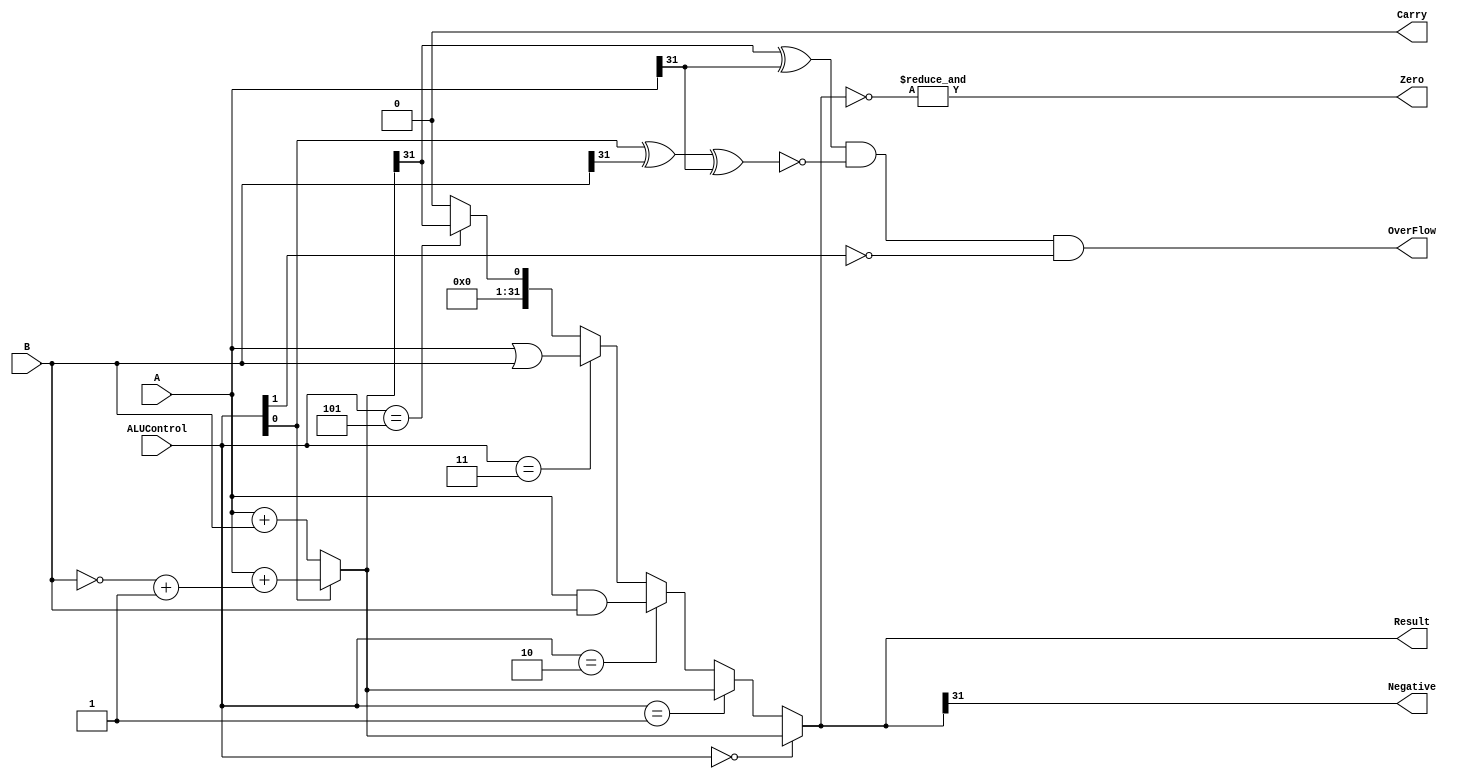

///////////////////////////////ALU//////////////////////////////
module ALU(A,B,Result,ALUControl,OverFlow,Carry,Zero,Negative);

    input [31:0]A,B;
    input [2:0]ALUControl;
    output Carry,OverFlow,Zero,Negative;
    output [31:0]Result;

    wire Cout;
    wire [31:0]Sum;

    assign Sum = (ALUControl[0] == 1'b0) ? A + B :
                                          (A + ((~B)+1)) ;
    assign {Cout,Result} = (ALUControl == 3'b000) ? Sum :
                           (ALUControl == 3'b001) ? Sum :
                           (ALUControl == 3'b010) ? A & B :
                           (ALUControl == 3'b011) ? A | B :
                           (ALUControl == 3'b101) ? {{32{1'b0}},(Sum[31])} :
                           {33{1'b0}};
    assign OverFlow = ((Sum[31] ^ A[31]) & 
                      (~(ALUControl[0] ^ B[31] ^ A[31])) &
                      (~ALUControl[1]));
    assign Carry = ((~ALUControl[1]) & Cout);
    assign Zero = &(~Result);
    assign Negative = Result[31];

endmodule

/////////////////////////ALU-DECODER////////////////////////////
module ALU_Decoder(ALUOp,funct3,funct7,op,ALUControl);

    input [1:0]ALUOp;
    input [2:0]funct3;
    input [6:0]funct7,op;
    output [2:0]ALUControl;

    // Method 1 
    // assign ALUControl = (ALUOp == 2'b00) ? 3'b000 :
    //                     (ALUOp == 2'b01) ? 3'b001 :
    //                     (ALUOp == 2'b10) ? ((funct3 == 3'b000) ? ((({op[5],funct7[5]} == 2'b00) | ({op[5],funct7[5]} == 2'b01) | ({op[5],funct7[5]} == 2'b10)) ? 3'b000 : 3'b001) : 
    //                                         (funct3 == 3'b010) ? 3'b101 : 
    //                                         (funct3 == 3'b110) ? 3'b011 : 
    //                                         (funct3 == 3'b111) ? 3'b010 : 3'b000) :
    //                                        3'b000;

    // Method 2
    assign ALUControl = (ALUOp == 2'b00) ? 3'b000 :
                        (ALUOp == 2'b01) ? 3'b001 :
                        ((ALUOp == 2'b10) & (funct3 == 3'b000) & ({op[5],funct7[5]} == 2'b11)) ? 3'b001 : 
                        ((ALUOp == 2'b10) & (funct3 == 3'b000) & ({op[5],funct7[5]} != 2'b11)) ? 3'b000 : 
                        ((ALUOp == 2'b10) & (funct3 == 3'b010)) ? 3'b101 : 
                        ((ALUOp == 2'b10) & (funct3 == 3'b110)) ? 3'b011 : 
                        ((ALUOp == 2'b10) & (funct3 == 3'b111)) ? 3'b010 : 
                                                                  3'b000 ;
endmodule

/////////////////////////////////Control_Unit_Top///////////////////

module Control_Unit_Top(Op,RegWrite,ImmSrc,ALUSrc,MemWrite,ResultSrc,Branch,funct3,funct7,ALUControl);

    input [6:0]Op,funct7;
    input [2:0]funct3;
    output RegWrite,ALUSrc,MemWrite,ResultSrc,Branch;
    output [1:0]ImmSrc;
    output [2:0]ALUControl;

    wire [1:0]ALUOp;

    Main_Decoder Main_Decoder(
                .Op(Op),
                .RegWrite(RegWrite),
                .ImmSrc(ImmSrc),
                .MemWrite(MemWrite),
                .ResultSrc(ResultSrc),
                .Branch(Branch),
                .ALUSrc(ALUSrc),
                .ALUOp(ALUOp)
    );

    ALU_Decoder ALU_Decoder(
                            .ALUOp(ALUOp),
                            .funct3(funct3),
                            .funct7(funct7),
                            .op(Op),
                            .ALUControl(ALUControl)
    );


endmodule

/////////////////////////////Data_Memory////////////////////
module Data_Memory(clk,rst,WE,WD,A,RD);

    input clk,rst,WE;
    input [31:0]A,WD;
    output [31:0]RD;

    reg [31:0] mem [1023:0];

    always @ (posedge clk)
    begin
        if(WE)
            mem[A] <= WD;
    end

    assign RD = (~rst) ? 32'd0 : mem[A];

    initial begin
        mem[0] = 32'h00000000;
        //mem[40] = 32'h00000002;
    end


endmodule

////////////////////////////////Decode_Cyle///////////////
module decode_cycle(clk, rst, InstrD, PCD, PCPlus4D, RegWriteW, RDW, ResultW, RegWriteE, ALUSrcE, MemWriteE, ResultSrcE,
    BranchE,  ALUControlE, RD1_E, RD2_E, Imm_Ext_E, RD_E, PCE, PCPlus4E, RS1_E, RS2_E);

    // Declaring I/O
    input clk, rst, RegWriteW;
    input [4:0] RDW;
    input [31:0] InstrD, PCD, PCPlus4D, ResultW;

    output RegWriteE,ALUSrcE,MemWriteE,ResultSrcE,BranchE;
    output [2:0] ALUControlE;
    output [31:0] RD1_E, RD2_E, Imm_Ext_E;
    output [4:0] RS1_E, RS2_E, RD_E;
    output [31:0] PCE, PCPlus4E;

    // Declare Interim Wires
    wire RegWriteD,ALUSrcD,MemWriteD,ResultSrcD,BranchD;
    wire [1:0] ImmSrcD;
    wire [2:0] ALUControlD;
    wire [31:0] RD1_D, RD2_D, Imm_Ext_D;

    // Declaration of Interim Register
    reg RegWriteD_r,ALUSrcD_r,MemWriteD_r,ResultSrcD_r,BranchD_r;
    reg [2:0] ALUControlD_r;
    reg [31:0] RD1_D_r, RD2_D_r, Imm_Ext_D_r;
    reg [4:0] RD_D_r, RS1_D_r, RS2_D_r;
    reg [31:0] PCD_r, PCPlus4D_r;


    // Initiate the modules
    // Control Unit
    Control_Unit_Top control (
                            .Op(InstrD[6:0]),
                            .RegWrite(RegWriteD),
                            .ImmSrc(ImmSrcD),
                            .ALUSrc(ALUSrcD),
                            .MemWrite(MemWriteD),
                            .ResultSrc(ResultSrcD),
                            .Branch(BranchD),
                            .funct3(InstrD[14:12]),
                            .funct7(InstrD[31:25]),
                            .ALUControl(ALUControlD)
                            );

    // Register File
    Register_File rf (
                        .clk(clk),
                        .rst(rst),
                        .WE3(RegWriteW),
                        .WD3(ResultW),
                        .A1(InstrD[19:15]),
                        .A2(InstrD[24:20]),
                        .A3(RDW),
                        .RD1(RD1_D),
                        .RD2(RD2_D)
                        );

    // Sign Extension
    Sign_Extend extension (
                        .In(InstrD[31:0]),
                        .Imm_Ext(Imm_Ext_D),
                        .ImmSrc(ImmSrcD)
                        );

    // Declaring Register Logic
    always @(posedge clk or negedge rst) begin
        if(rst == 1'b0) begin
            RegWriteD_r <= 1'b0;
            ALUSrcD_r <= 1'b0;
            MemWriteD_r <= 1'b0;
            ResultSrcD_r <= 1'b0;
            BranchD_r <= 1'b0;
            ALUControlD_r <= 3'b000;
            RD1_D_r <= 32'h00000000; 
            RD2_D_r <= 32'h00000000; 
            Imm_Ext_D_r <= 32'h00000000;
            RD_D_r <= 5'h00;
            PCD_r <= 32'h00000000; 
            PCPlus4D_r <= 32'h00000000;
            RS1_D_r <= 5'h00;
            RS2_D_r <= 5'h00;
        end
        else begin
            RegWriteD_r <= RegWriteD;
            ALUSrcD_r <= ALUSrcD;
            MemWriteD_r <= MemWriteD;
            ResultSrcD_r <= ResultSrcD;
            BranchD_r <= BranchD;
            ALUControlD_r <= ALUControlD;
            RD1_D_r <= RD1_D; 
            RD2_D_r <= RD2_D; 
            Imm_Ext_D_r <= Imm_Ext_D;
            RD_D_r <= InstrD[11:7];
            PCD_r <= PCD; 
            PCPlus4D_r <= PCPlus4D;
            RS1_D_r <= InstrD[19:15];
            RS2_D_r <= InstrD[24:20];
        end
    end

    // Output asssign statements
    assign RegWriteE = RegWriteD_r;
    assign ALUSrcE = ALUSrcD_r;
    assign MemWriteE = MemWriteD_r;
    assign ResultSrcE = ResultSrcD_r;
    assign BranchE = BranchD_r;
    assign ALUControlE = ALUControlD_r;
    assign RD1_E = RD1_D_r;
    assign RD2_E = RD2_D_r;
    assign Imm_Ext_E = Imm_Ext_D_r;
    assign RD_E = RD_D_r;
    assign PCE = PCD_r;
    assign PCPlus4E = PCPlus4D_r;
    assign RS1_E = RS1_D_r;
    assign RS2_E = RS2_D_r;

endmodule
//////////////////////////////Execute_Cycle//////////////////////

module execute_cycle(clk, rst, RegWriteE, ALUSrcE, MemWriteE, ResultSrcE, BranchE, ALUControlE, 
    RD1_E, RD2_E, Imm_Ext_E, RD_E, PCE, PCPlus4E, PCSrcE, PCTargetE, RegWriteM, MemWriteM, ResultSrcM, RD_M, PCPlus4M, WriteDataM, ALU_ResultM, ResultW, ForwardA_E, ForwardB_E);

    // Declaration I/Os
    input clk, rst, RegWriteE,ALUSrcE,MemWriteE,ResultSrcE,BranchE;
    input [2:0] ALUControlE;
    input [31:0] RD1_E, RD2_E, Imm_Ext_E;
    input [4:0] RD_E;
    input [31:0] PCE, PCPlus4E;
    input [31:0] ResultW;
    input [1:0] ForwardA_E, ForwardB_E;

    output PCSrcE, RegWriteM, MemWriteM, ResultSrcM;
    output [4:0] RD_M; 
    output [31:0] PCPlus4M, WriteDataM, ALU_ResultM;
    output [31:0] PCTargetE;

    // Declaration of Interim Wires
    wire [31:0] Src_A, Src_B_interim, Src_B;
    wire [31:0] ResultE;
    wire ZeroE;

    // Declaration of Register
    reg RegWriteE_r, MemWriteE_r, ResultSrcE_r;
    reg [4:0] RD_E_r;
    reg [31:0] PCPlus4E_r, RD2_E_r, ResultE_r;

    // Declaration of Modules
    // 3 by 1 Mux for Source A
    Mux_3_by_1 srca_mux (
                        .a(RD1_E),
                        .b(ResultW),
                        .c(ALU_ResultM),
                        .s(ForwardA_E),
                        .d(Src_A)
                        );

    // 3 by 1 Mux for Source B
    Mux_3_by_1 srcb_mux (
                        .a(RD2_E),
                        .b(ResultW),
                        .c(ALU_ResultM),
                        .s(ForwardB_E),
                        .d(Src_B_interim)
                        );
    // ALU Src Mux
    Mux alu_src_mux (
            .a(Src_B_interim),
            .b(Imm_Ext_E),
            .s(ALUSrcE),
            .c(Src_B)
            );

    // ALU Unit
    ALU alu (
            .A(Src_A),
            .B(Src_B),
            .Result(ResultE),
            .ALUControl(ALUControlE),
            .OverFlow(),
            .Carry(),
            .Zero(ZeroE),
            .Negative()
            );

    // Adder
    PC_Adder branch_adder (
            .a(PCE),
            .b(Imm_Ext_E),
            .c(PCTargetE)
            );

    // Register Logic
    always @(posedge clk or negedge rst) begin
        if(rst == 1'b0) begin
            RegWriteE_r <= 1'b0; 
            MemWriteE_r <= 1'b0; 
            ResultSrcE_r <= 1'b0;
            RD_E_r <= 5'h00;
            PCPlus4E_r <= 32'h00000000; 
            RD2_E_r <= 32'h00000000; 
            ResultE_r <= 32'h00000000;
        end
        else begin
            RegWriteE_r <= RegWriteE; 
            MemWriteE_r <= MemWriteE; 
            ResultSrcE_r <= ResultSrcE;
            RD_E_r <= RD_E;
            PCPlus4E_r <= PCPlus4E; 
            RD2_E_r <= Src_B_interim; 
            ResultE_r <= ResultE;
        end
    end

    // Output Assignments
    assign PCSrcE = ZeroE &  BranchE;
    assign RegWriteM = RegWriteE_r;
    assign MemWriteM = MemWriteE_r;
    assign ResultSrcM = ResultSrcE_r;
    assign RD_M = RD_E_r;
    assign PCPlus4M = PCPlus4E_r;
    assign WriteDataM = RD2_E_r;
    assign ALU_ResultM = ResultE_r;

endmodule

/////////////////////////fetch_cycle/////////////////////////

module fetch_cycle(clk, rst, PCSrcE, PCTargetE, InstrD, PCD, PCPlus4D);

    // Declare input & outputs
    input clk, rst;
    input PCSrcE;
    input [31:0] PCTargetE;
    output [31:0] InstrD;
    output [31:0] PCD, PCPlus4D;

    // Declaring interim wires
    wire [31:0] PC_F, PCF, PCPlus4F;
    wire [31:0] InstrF;

    // Declaration of Register
    reg [31:0] InstrF_reg;
    reg [31:0] PCF_reg, PCPlus4F_reg;


    // Initiation of Modules
    // Declare PC Mux
    Mux PC_MUX (.a(PCPlus4F),
                .b(PCTargetE),
                .s(PCSrcE),
                .c(PC_F)
                );

    // Declare PC Counter
    PC_Module Program_Counter (
                .clk(clk),
                .rst(rst),
                .PC(PCF),
                .PC_Next(PC_F)
                );

    // Declare Instruction Memory
    Instruction_Memory IMEM (
                .rst(rst),
                .A(PCF),
                .RD(InstrF)
                );

    // Declare PC adder
    PC_Adder PC_adder (
                .a(PCF),
                .b(32'h00000004),
                .c(PCPlus4F)
                );

    // Fetch Cycle Register Logic
    always @(posedge clk or negedge rst) begin
        if(rst == 1'b0) begin
            InstrF_reg <= 32'h00000000;
            PCF_reg <= 32'h00000000;
            PCPlus4F_reg <= 32'h00000000;
        end
        else begin
            InstrF_reg <= InstrF;
            PCF_reg <= PCF;
            PCPlus4F_reg <= PCPlus4F;
        end
    end


    // Assigning Registers Value to the Output port
    assign  InstrD = (rst == 1'b0) ? 32'h00000000 : InstrF_reg;
    assign  PCD = (rst == 1'b0) ? 32'h00000000 : PCF_reg;
    assign  PCPlus4D = (rst == 1'b0) ? 32'h00000000 : PCPlus4F_reg;


endmodule

/////////////////////////////Hazard_unit////////////////////////////

module hazard_unit(rst, RegWriteM, RegWriteW, RD_M, RD_W, Rs1_E, Rs2_E, ForwardAE, ForwardBE);

    // Declaration of I/Os
    input rst, RegWriteM, RegWriteW;
    input [4:0] RD_M, RD_W, Rs1_E, Rs2_E;
    output [1:0] ForwardAE, ForwardBE;
    
    assign ForwardAE = (rst == 1'b0) ? 2'b00 : 
                       ((RegWriteM == 1'b1) & (RD_M != 5'h00) & (RD_M == Rs1_E)) ? 2'b10 :
                       ((RegWriteW == 1'b1) & (RD_W != 5'h00) & (RD_W == Rs1_E)) ? 2'b01 : 2'b00;
                       
    assign ForwardBE = (rst == 1'b0) ? 2'b00 : 
                       ((RegWriteM == 1'b1) & (RD_M != 5'h00) & (RD_M == Rs2_E)) ? 2'b10 :
                       ((RegWriteW == 1'b1) & (RD_W != 5'h00) & (RD_W == Rs2_E)) ? 2'b01 : 2'b00;

endmodule

///////////////////////////Instruction_Memory////////////////

module Instruction_Memory(rst,A,RD);

  input rst;
  input [31:0]A;
  output [31:0]RD;

  reg [31:0] mem [1023:0];
  
  assign RD = (rst == 1'b0) ? {32{1'b0}} : mem[A[31:2]];

  initial begin
    $readmemh("memfile.hex",mem);
  end


/*
  initial begin
    //mem[0] = 32'hFFC4A303;
    //mem[1] = 32'h00832383;
    // mem[0] = 32'h0064A423;
    // mem[1] = 32'h00B62423;
    mem[0] = 32'h0062E233;
    // mem[1] = 32'h00B62423;

  end
*/
endmodule


/////////////////////////Main_Decoder///////////////////////////

module Main_Decoder(Op,RegWrite,ImmSrc,ALUSrc,MemWrite,ResultSrc,Branch,ALUOp);
    input [6:0]Op;
    output RegWrite,ALUSrc,MemWrite,ResultSrc,Branch;
    output [1:0]ImmSrc,ALUOp;

    assign RegWrite = (Op == 7'b0000011 | Op == 7'b0110011 | Op == 7'b0010011 ) ? 1'b1 :
                                                              1'b0 ;
    assign ImmSrc = (Op == 7'b0100011) ? 2'b01 : 
                    (Op == 7'b1100011) ? 2'b10 :    
                                         2'b00 ;
    assign ALUSrc = (Op == 7'b0000011 | Op == 7'b0100011 | Op == 7'b0010011) ? 1'b1 :
                                                            1'b0 ;
    assign MemWrite = (Op == 7'b0100011) ? 1'b1 :
                                           1'b0 ;
    assign ResultSrc = (Op == 7'b0000011) ? 1'b1 :
                                            1'b0 ;
    assign Branch = (Op == 7'b1100011) ? 1'b1 :
                                         1'b0 ;
    assign ALUOp = (Op == 7'b0110011) ? 2'b10 :
                   (Op == 7'b1100011) ? 2'b01 :
                                        2'b00 ;

endmodule


////////////////////////Memory_Cycle//////////////////////////////

module memory_cycle(clk, rst, RegWriteM, MemWriteM, ResultSrcM, RD_M, PCPlus4M, WriteDataM, 
    ALU_ResultM, RegWriteW, ResultSrcW, RD_W, PCPlus4W, ALU_ResultW, ReadDataW);
    
    // Declaration of I/Os
    input clk, rst, RegWriteM, MemWriteM, ResultSrcM;
    input [4:0] RD_M; 
    input [31:0] PCPlus4M, WriteDataM, ALU_ResultM;

    output RegWriteW, ResultSrcW; 
    output [4:0] RD_W;
    output [31:0] PCPlus4W, ALU_ResultW, ReadDataW;

    // Declaration of Interim Wires
    wire [31:0] ReadDataM;

    // Declaration of Interim Registers
    reg RegWriteM_r, ResultSrcM_r;
    reg [4:0] RD_M_r;
    reg [31:0] PCPlus4M_r, ALU_ResultM_r, ReadDataM_r;

    // Declaration of Module Initiation
    Data_Memory dmem (
                        .clk(clk),
                        .rst(rst),
                        .WE(MemWriteM),
                        .WD(WriteDataM),
                        .A(ALU_ResultM),
                        .RD(ReadDataM)
                    );

    // Memory Stage Register Logic
    always @(posedge clk or negedge rst) begin
        if (rst == 1'b0) begin
            RegWriteM_r <= 1'b0; 
            ResultSrcM_r <= 1'b0;
            RD_M_r <= 5'h00;
            PCPlus4M_r <= 32'h00000000; 
            ALU_ResultM_r <= 32'h00000000; 
            ReadDataM_r <= 32'h00000000;
        end
        else begin
            RegWriteM_r <= RegWriteM; 
            ResultSrcM_r <= ResultSrcM;
            RD_M_r <= RD_M;
            PCPlus4M_r <= PCPlus4M; 
            ALU_ResultM_r <= ALU_ResultM; 
            ReadDataM_r <= ReadDataM;
        end
    end 

    // Declaration of output assignments
    assign RegWriteW = RegWriteM_r;
    assign ResultSrcW = ResultSrcM_r;
    assign RD_W = RD_M_r;
    assign PCPlus4W = PCPlus4M_r;
    assign ALU_ResultW = ALU_ResultM_r;
    assign ReadDataW = ReadDataM_r;

endmodule

///////////////////////////mux//////////////////

module Mux (a,b,s,c);

    input [31:0]a,b;
    input s;
    output [31:0]c;

    assign c = (~s) ? a : b ;
    
endmodule

module Mux_3_by_1 (a,b,c,s,d);
    input [31:0] a,b,c;
    input [1:0] s;
    output [31:0] d;

    assign d = (s == 2'b00) ? a : (s == 2'b01) ? b : (s == 2'b10) ? c : 32'h00000000;
    
endmodule


//////////////////////PC/////////////////////////

module PC_Module(clk,rst,PC,PC_Next);
    input clk,rst;
    input [31:0]PC_Next;
    output [31:0]PC;
    reg [31:0]PC;

    always @(posedge clk)
    begin
        if(rst == 1'b0)
            PC <= {32{1'b0}};
        else
            PC <= PC_Next;
    end
endmodule

////////////////////////PC_Adder////////////////////////
module PC_Adder (a,b,c);

    input [31:0]a,b;
    output [31:0]c;

    assign c = a + b;
    
endmodule



//////////////////////////Pipeline_Top///////////////////////

module Pipeline_top(clk, rst);

    // Declaration of I/O
    input clk, rst;

    // Declaration of Interim Wires
    wire PCSrcE, RegWriteW, RegWriteE, ALUSrcE, MemWriteE, ResultSrcE, BranchE, RegWriteM, MemWriteM, ResultSrcM, ResultSrcW;
    wire [2:0] ALUControlE;
    wire [4:0] RD_E, RD_M, RDW;
    wire [31:0] PCTargetE, InstrD, PCD, PCPlus4D, ResultW, RD1_E, RD2_E, Imm_Ext_E, PCE, PCPlus4E, PCPlus4M, WriteDataM, ALU_ResultM;
    wire [31:0] PCPlus4W, ALU_ResultW, ReadDataW;
    wire [4:0] RS1_E, RS2_E;
    wire [1:0] ForwardBE, ForwardAE;
    

    // Module Initiation
    // Fetch Stage
    fetch_cycle Fetch (
                        .clk(clk), 
                        .rst(rst), 
                        .PCSrcE(PCSrcE), 
                        .PCTargetE(PCTargetE), 
                        .InstrD(InstrD), 
                        .PCD(PCD), 
                        .PCPlus4D(PCPlus4D)
                    );

    // Decode Stage
    decode_cycle Decode (
                        .clk(clk), 
                        .rst(rst), 
                        .InstrD(InstrD), 
                        .PCD(PCD), 
                        .PCPlus4D(PCPlus4D), 
                        .RegWriteW(RegWriteW), 
                        .RDW(RDW), 
                        .ResultW(ResultW), 
                        .RegWriteE(RegWriteE), 
                        .ALUSrcE(ALUSrcE), 
                        .MemWriteE(MemWriteE), 
                        .ResultSrcE(ResultSrcE),
                        .BranchE(BranchE),  
                        .ALUControlE(ALUControlE), 
                        .RD1_E(RD1_E), 
                        .RD2_E(RD2_E), 
                        .Imm_Ext_E(Imm_Ext_E), 
                        .RD_E(RD_E), 
                        .PCE(PCE), 
                        .PCPlus4E(PCPlus4E),
                        .RS1_E(RS1_E),
                        .RS2_E(RS2_E)
                    );

    // Execute Stage
    execute_cycle Execute (
                        .clk(clk), 
                        .rst(rst), 
                        .RegWriteE(RegWriteE), 
                        .ALUSrcE(ALUSrcE), 
                        .MemWriteE(MemWriteE), 
                        .ResultSrcE(ResultSrcE), 
                        .BranchE(BranchE), 
                        .ALUControlE(ALUControlE), 
                        .RD1_E(RD1_E), 
                        .RD2_E(RD2_E), 
                        .Imm_Ext_E(Imm_Ext_E), 
                        .RD_E(RD_E), 
                        .PCE(PCE), 
                        .PCPlus4E(PCPlus4E), 
                        .PCSrcE(PCSrcE), 
                        .PCTargetE(PCTargetE), 
                        .RegWriteM(RegWriteM), 
                        .MemWriteM(MemWriteM), 
                        .ResultSrcM(ResultSrcM), 
                        .RD_M(RD_M), 
                        .PCPlus4M(PCPlus4M), 
                        .WriteDataM(WriteDataM), 
                        .ALU_ResultM(ALU_ResultM),
                        .ResultW(ResultW),
                        .ForwardA_E(ForwardAE),
                        .ForwardB_E(ForwardBE)
                    );
    
    // Memory Stage
    memory_cycle Memory (
                        .clk(clk), 
                        .rst(rst), 
                        .RegWriteM(RegWriteM), 
                        .MemWriteM(MemWriteM), 
                        .ResultSrcM(ResultSrcM), 
                        .RD_M(RD_M), 
                        .PCPlus4M(PCPlus4M), 
                        .WriteDataM(WriteDataM), 
                        .ALU_ResultM(ALU_ResultM), 
                        .RegWriteW(RegWriteW), 
                        .ResultSrcW(ResultSrcW), 
                        .RD_W(RDW), 
                        .PCPlus4W(PCPlus4W), 
                        .ALU_ResultW(ALU_ResultW), 
                        .ReadDataW(ReadDataW)
                    );

    // Write Back Stage
    writeback_cycle WriteBack (
                        .clk(clk), 
                        .rst(rst), 
                        .ResultSrcW(ResultSrcW), 
                        .PCPlus4W(PCPlus4W), 
                        .ALU_ResultW(ALU_ResultW), 
                        .ReadDataW(ReadDataW), 
                        .ResultW(ResultW)
                    );

    // Hazard Unit
    hazard_unit Forwarding_block (
                        .rst(rst), 
                        .RegWriteM(RegWriteM), 
                        .RegWriteW(RegWriteW), 
                        .RD_M(RD_M), 
                        .RD_W(RDW), 
                        .Rs1_E(RS1_E), 
                        .Rs2_E(RS2_E), 
                        .ForwardAE(ForwardAE), 
                        .ForwardBE(ForwardBE)
                        );
endmodule

/////////////////////////Register_File////////////////

module Register_File(clk,rst,WE3,WD3,A1,A2,A3,RD1,RD2);

    input clk,rst,WE3;
    input [4:0]A1,A2,A3;
    input [31:0]WD3;
    output [31:0]RD1,RD2;

    reg [31:0] Register [31:0];

    always @ (posedge clk)
    begin
        if(WE3 & (A3 != 5'h00))
            Register[A3] <= WD3;
    end

    assign RD1 = (rst==1'b0) ? 32'd0 : Register[A1];
    assign RD2 = (rst==1'b0) ? 32'd0 : Register[A2];

    initial begin
        Register[0] = 32'h00000000;
    end

endmodule

//////////////////////////////Sign_Extend////////////////

module Sign_Extend (In,ImmSrc,Imm_Ext);
    input [31:0] In;
    input [1:0] ImmSrc;
    output [31:0] Imm_Ext;

    assign Imm_Ext =  (ImmSrc == 2'b00) ? {{20{In[31]}},In[31:20]} : 
                     (ImmSrc == 2'b01) ? {{20{In[31]}},In[31:25],In[11:7]} : 32'h00000000; 

endmodule

//////////////////////////Writeback_Cycle////////////////////

module writeback_cycle(clk, rst, ResultSrcW, PCPlus4W, ALU_ResultW, ReadDataW, ResultW);

// Declaration of IOs
input clk, rst, ResultSrcW;
input [31:0] PCPlus4W, ALU_ResultW, ReadDataW;

output [31:0] ResultW;

// Declaration of Module
Mux result_mux (    
                .a(ALU_ResultW),
                .b(ReadDataW),
                .s(ResultSrcW),
                .c(ResultW)
                );
endmodule